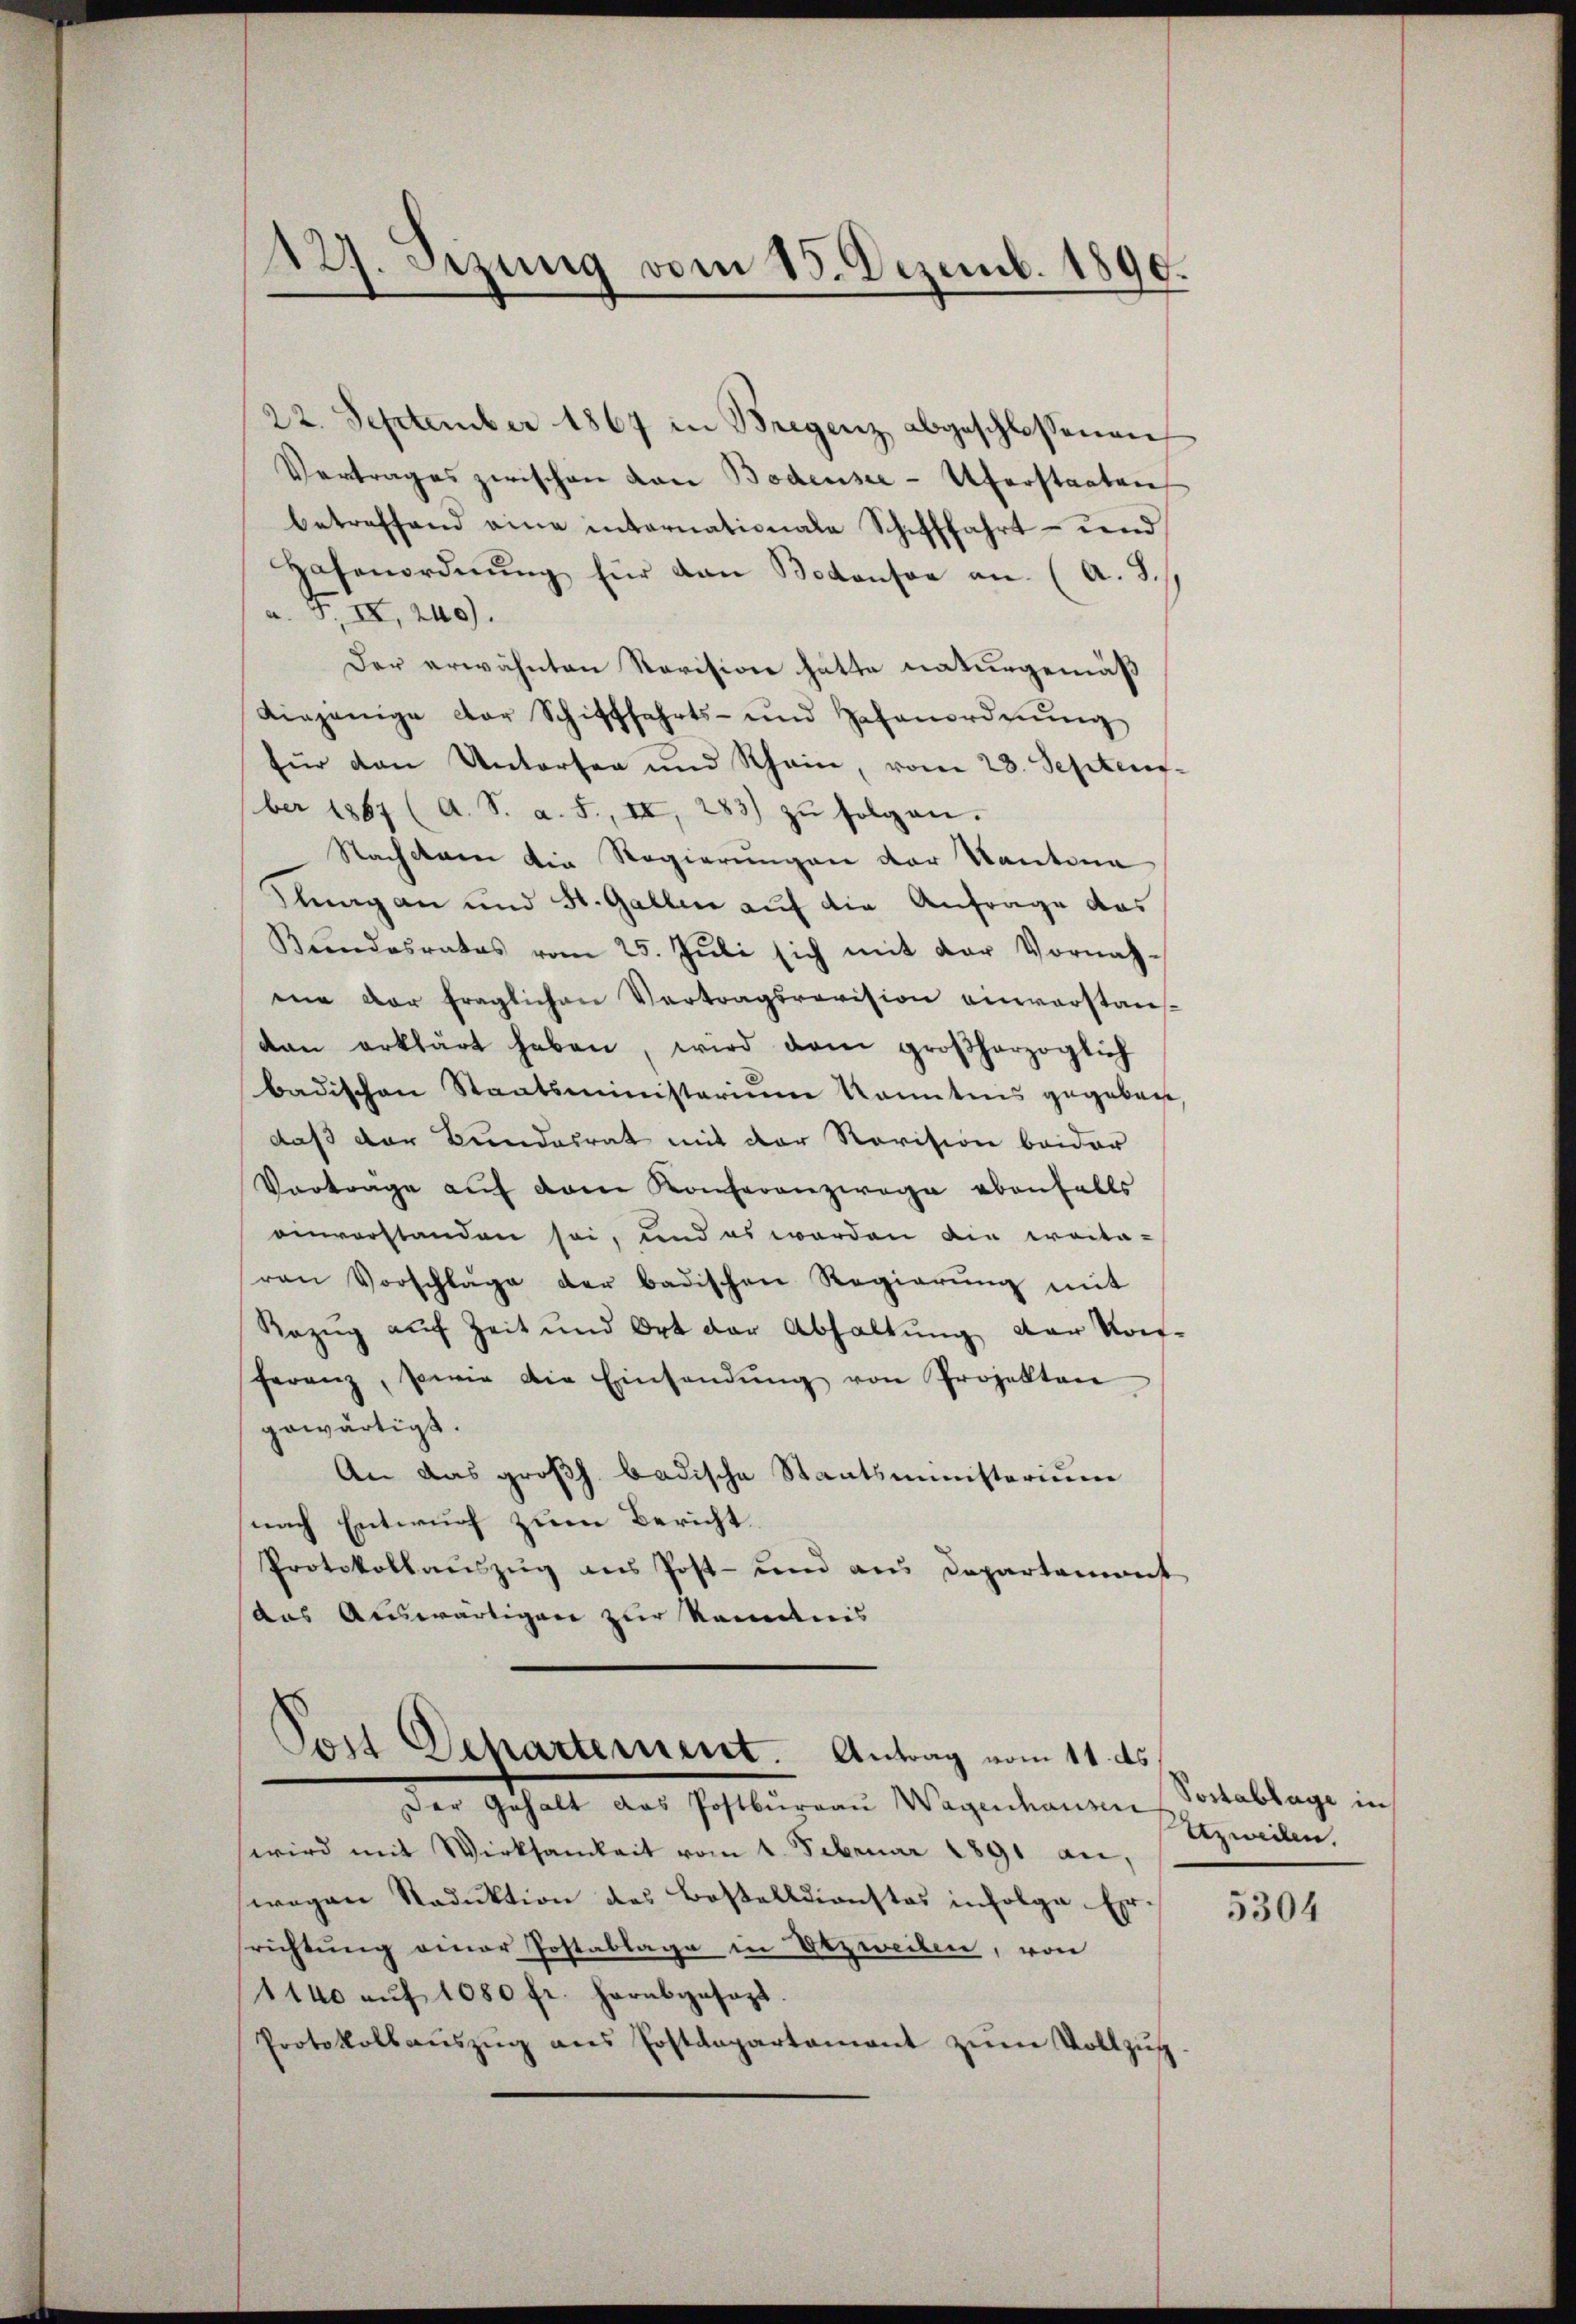
127. Sizung vom 15. Dezemb. 1890.

22. September 1867 in Bregenz abgeschlossenen
Vertrages zwischen von Bodensee Uferstaaten
betreffend eine internationale Schifffahrt und
Hafenordnŭng für dan Bodensee an. (A. S.
a. F. II, 240.
Der erwähnten Revision hätte naturgemäß
diejenige der Schifffahrts- und Gasanordnŭng
für den Untersen und Rhein, vom 23. Septem-
ber 1867 (A. S. a. 5., II, 283) zŭ folgen.
Nachdem die Regierungen der Kantona
lagan und St. Gallen auf die Anfrage das
Bŭndesrates vom 25. Jŭli sich mit der Vornah-
ee der fraglichen Vertragsrevision einverstaufdan erklärt haben, wird dem großherzoglich
badischen Staatsministerium kanntnis gegeben
daß der Bundesrat mit der Revision beider
Vortrage auf dem Konferenzwage ebenfalls
einvorstanden sei, und es werden die weita-
ren Vorschlage der badischen Regierŭng mit
Bezŭg aŭf Zeit und Ort der Abhaltŭng der Kon-
feranz, sowie die Einsendŭng von Projekten
gewärtigt.
An das großh. badische Staatsministerium
nach Entwurf zum Bericht.
Protokollaŭszŭg ans Post- und aus Departement
das Auswärtigen zur Kenntnis

Post Departement. Antrag vom 11. ds.
Der Gehalt das Postburgau Wagenhausen

wird mit Wirksamkeit vom 1. Februar 1891 an,
wegen Reduktion des Bostelldienstes infolge. Er
richtung einer Postablage in Otzweilen, von
1140 aŭf 1080 fr. herabgesagt.
Protokollaŭszŭg ans Postdepartament zŭm Vollzŭg.

Postablage in
Azweilen.

5304